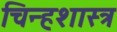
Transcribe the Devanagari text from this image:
चिन्हशास्त्र